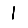
Digit: 1